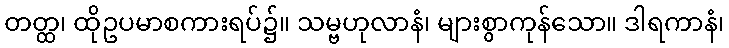
တတ္ထ၊ ထိုဥပမာစကားရပ်၌။ သမ္ဗဟုလာနံ၊ များစွာကုန်သော။ ဒါရကာနံ၊